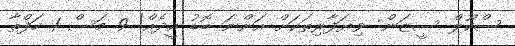
ސްކޫލް ސީޒަން: ވިޔަފާރިތަކަށް އަންނަ ބޮޑު އީދެއް! 9 މަސް 1 ހަފްތާ